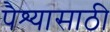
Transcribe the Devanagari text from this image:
पैश्यासाठी